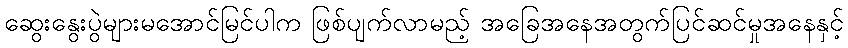
ဆွေးနွေးပွဲများမအောင်မြင်ပါက ဖြစ်ပျက်လာမည့် အခြေအနေအတွက်ပြင်ဆင်မှုအနေနှင့်